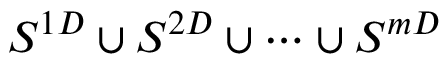
S ^ { 1 D } \cup S ^ { 2 D } \cup \cdots \cup S ^ { m D }